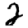
Digit: 2